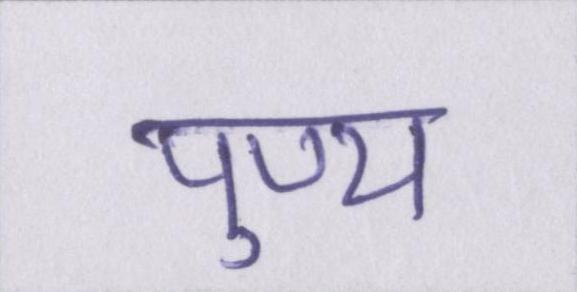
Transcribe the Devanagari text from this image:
पुण्य